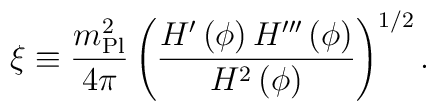
\xi \equiv {m_{\rm Pl}^2 \over 4 \pi} \left({H'\left(\phi\right) H'''\left(\phi\right) \over H^2\left(\phi\right)}\right)^{1/2}.